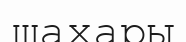
шахары